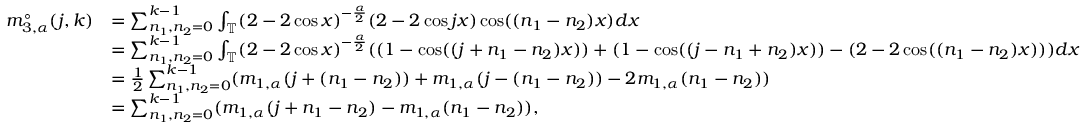
\begin{array} { r l } { m _ { 3 , \alpha } ^ { \circ } ( j , k ) } & { = \sum _ { n _ { 1 } , n _ { 2 } = 0 } ^ { k - 1 } \int _ { \mathbb { T } } ( 2 - 2 \cos x ) ^ { - \frac { \alpha } 2 } ( 2 - 2 \cos j x ) \cos ( ( n _ { 1 } - n _ { 2 } ) x ) d x } \\ & { = \sum _ { n _ { 1 } , n _ { 2 } = 0 } ^ { k - 1 } \int _ { \mathbb { T } } ( 2 - 2 \cos x ) ^ { - \frac { \alpha } 2 } ( ( 1 - \cos ( ( j + n _ { 1 } - n _ { 2 } ) x ) ) + ( 1 - \cos ( ( j - n _ { 1 } + n _ { 2 } ) x ) ) - ( 2 - 2 \cos ( ( n _ { 1 } - n _ { 2 } ) x ) ) ) d x } \\ & { = \frac { 1 } { 2 } \sum _ { n _ { 1 } , n _ { 2 } = 0 } ^ { k - 1 } ( m _ { 1 , \alpha } ( j + ( n _ { 1 } - n _ { 2 } ) ) + m _ { 1 , \alpha } ( j - ( n _ { 1 } - n _ { 2 } ) ) - 2 m _ { 1 , \alpha } ( n _ { 1 } - n _ { 2 } ) ) } \\ & { = \sum _ { n _ { 1 } , n _ { 2 } = 0 } ^ { k - 1 } ( m _ { 1 , \alpha } ( j + n _ { 1 } - n _ { 2 } ) - m _ { 1 , \alpha } ( n _ { 1 } - n _ { 2 } ) ) , } \end{array}